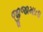
જીજામાતા